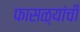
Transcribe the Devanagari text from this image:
फासळ्यांची